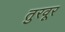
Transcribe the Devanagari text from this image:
तुरवूर